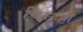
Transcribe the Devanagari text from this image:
चिन्हही